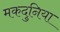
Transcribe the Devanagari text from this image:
मकदुनिया